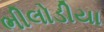
ભીલોડીયા